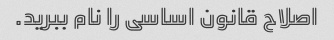
اصلاح قانون اساسی را نام ببرید.